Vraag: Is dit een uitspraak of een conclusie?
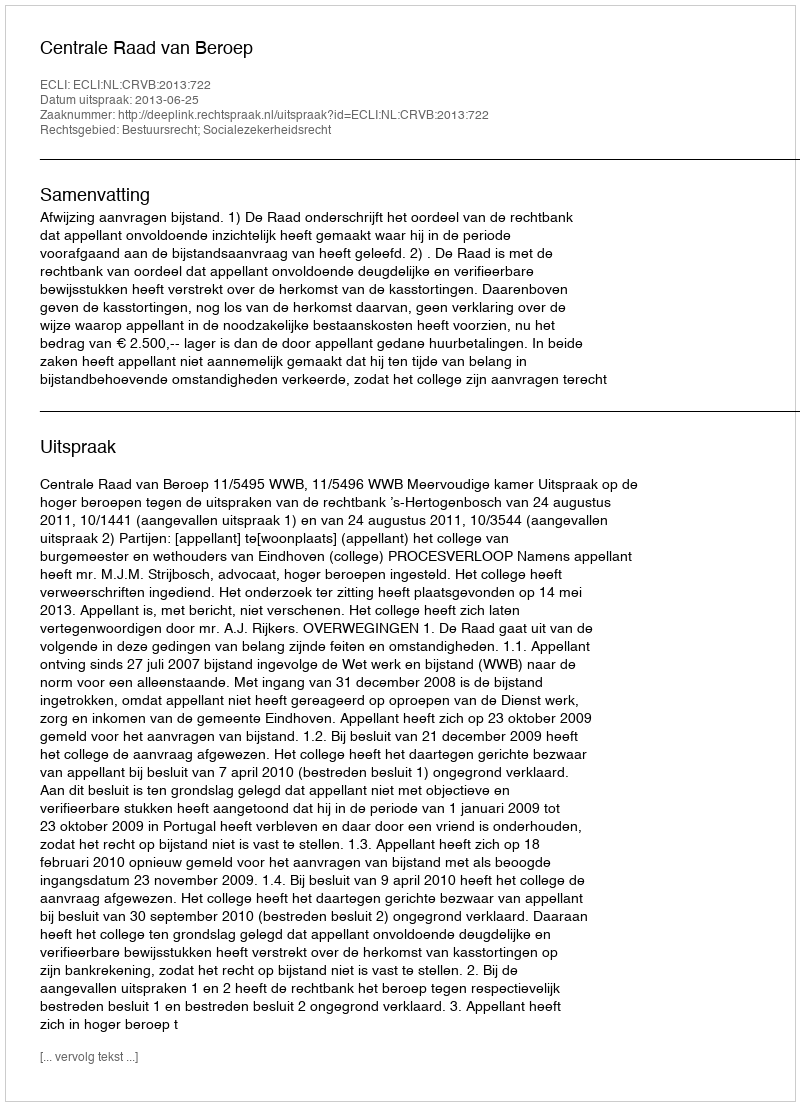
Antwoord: Uitspraak